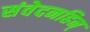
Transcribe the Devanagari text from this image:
संवेदनहिन्